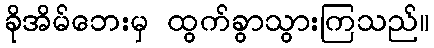
ခိုအိမ်ဘေးမှ ထွက်ခွာသွားကြသည်။